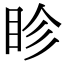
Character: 眕